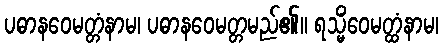
ပဓာနဝေမတ္တံနာမ၊ ပဓာနဝေမတ္တမည်၏။ ရသ္မိံဝေမတ္ထံနာမ၊